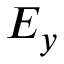
E _ { y }